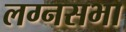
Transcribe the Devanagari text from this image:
लग्नसभा